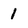
Character: 1